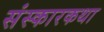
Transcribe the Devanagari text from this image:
संस्कारकथा